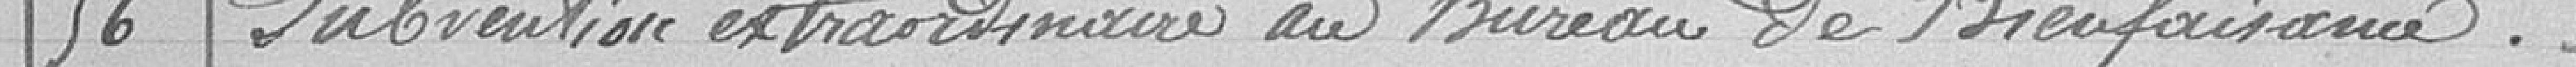
56 / Subvention extraordinaire au Bureau de Bienfaisance.